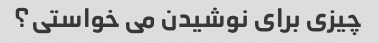
چیزی برای نوشیدن می خواستی؟